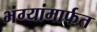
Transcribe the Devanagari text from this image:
भंग्यांमार्फत